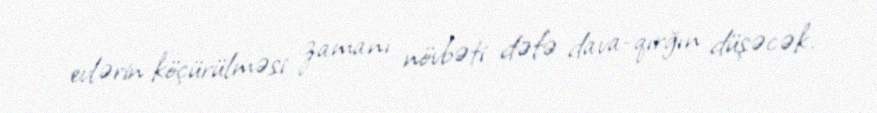
evlərin köçürülməsi zamanı növbəti dəfə dava-qırğın düşəcək.